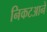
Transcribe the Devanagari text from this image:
निकटआने